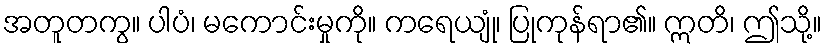
အတူတကွ။ ပါပံ၊ မကောင်းမှုကို။ ကရေယျုံ၊ ပြုကုန်ရာ၏။ ဣတိ၊ ဤသို့။